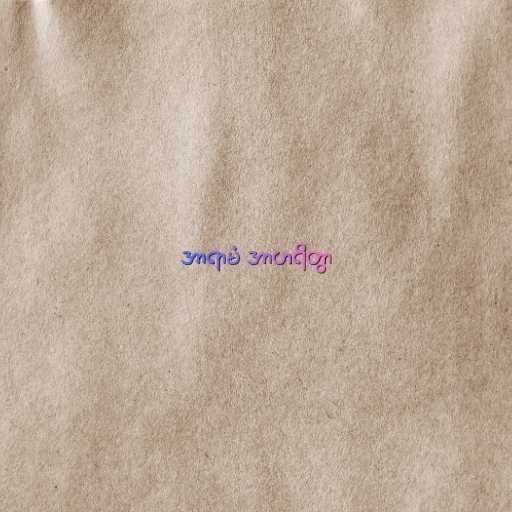
အာရာမံ အာဟရိတွာ